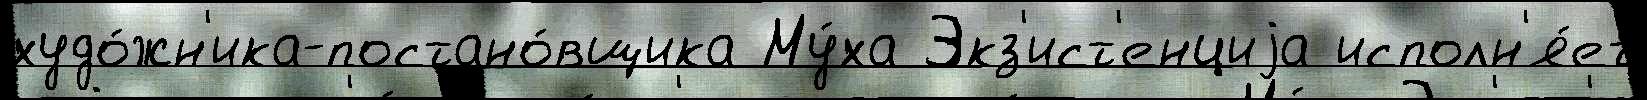
худо́жн'ика-постано́вщика Му́ха Экз'ист'енциjа исполн'я́ет